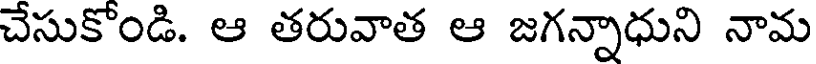
చేసుకోండి. ఆ తరువాత ఆ జగన్నాధుని నామ